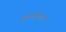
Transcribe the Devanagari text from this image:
पुष्पालता